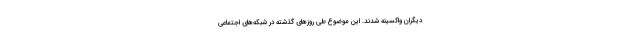
دیگران واکسینه شدند. این موضوع طی روزهای گذشته در شبکه‌های اجتماعی